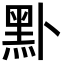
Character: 𪐙